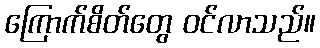
ကြောက်စိတ်တွေ ဝင်လာသည်။